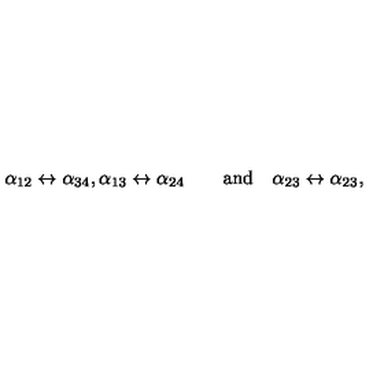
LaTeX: \alpha _ { 1 2 } \leftrightarrow \alpha _ { 3 4 } , \alpha _ { 1 3 } \leftrightarrow \alpha _ { 2 4 } \qquad \mathrm { a n d } \quad \alpha _ { 2 3 } \leftrightarrow \alpha _ { 2 3 } ,